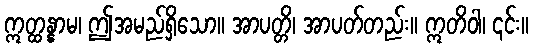
ဣတ္ထန္နာမ၊ ဤအမည်ရှိသော။ အာပတ္တိ၊ အာပတ်တည်း။ ဣတိဝါ၊ ၎င်း။